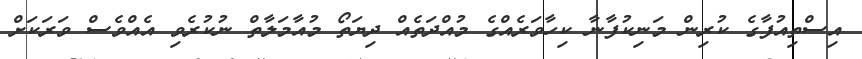
އިސްތިއުފާގެ ކުރިން މަނިކުފާނާ ކިހާވަރެއްގެ މުއްދަތެއް ދިޔަތޯ މުއާމަލާތް ނުކުރެވި އެއްވެސް ވަރަކަށް